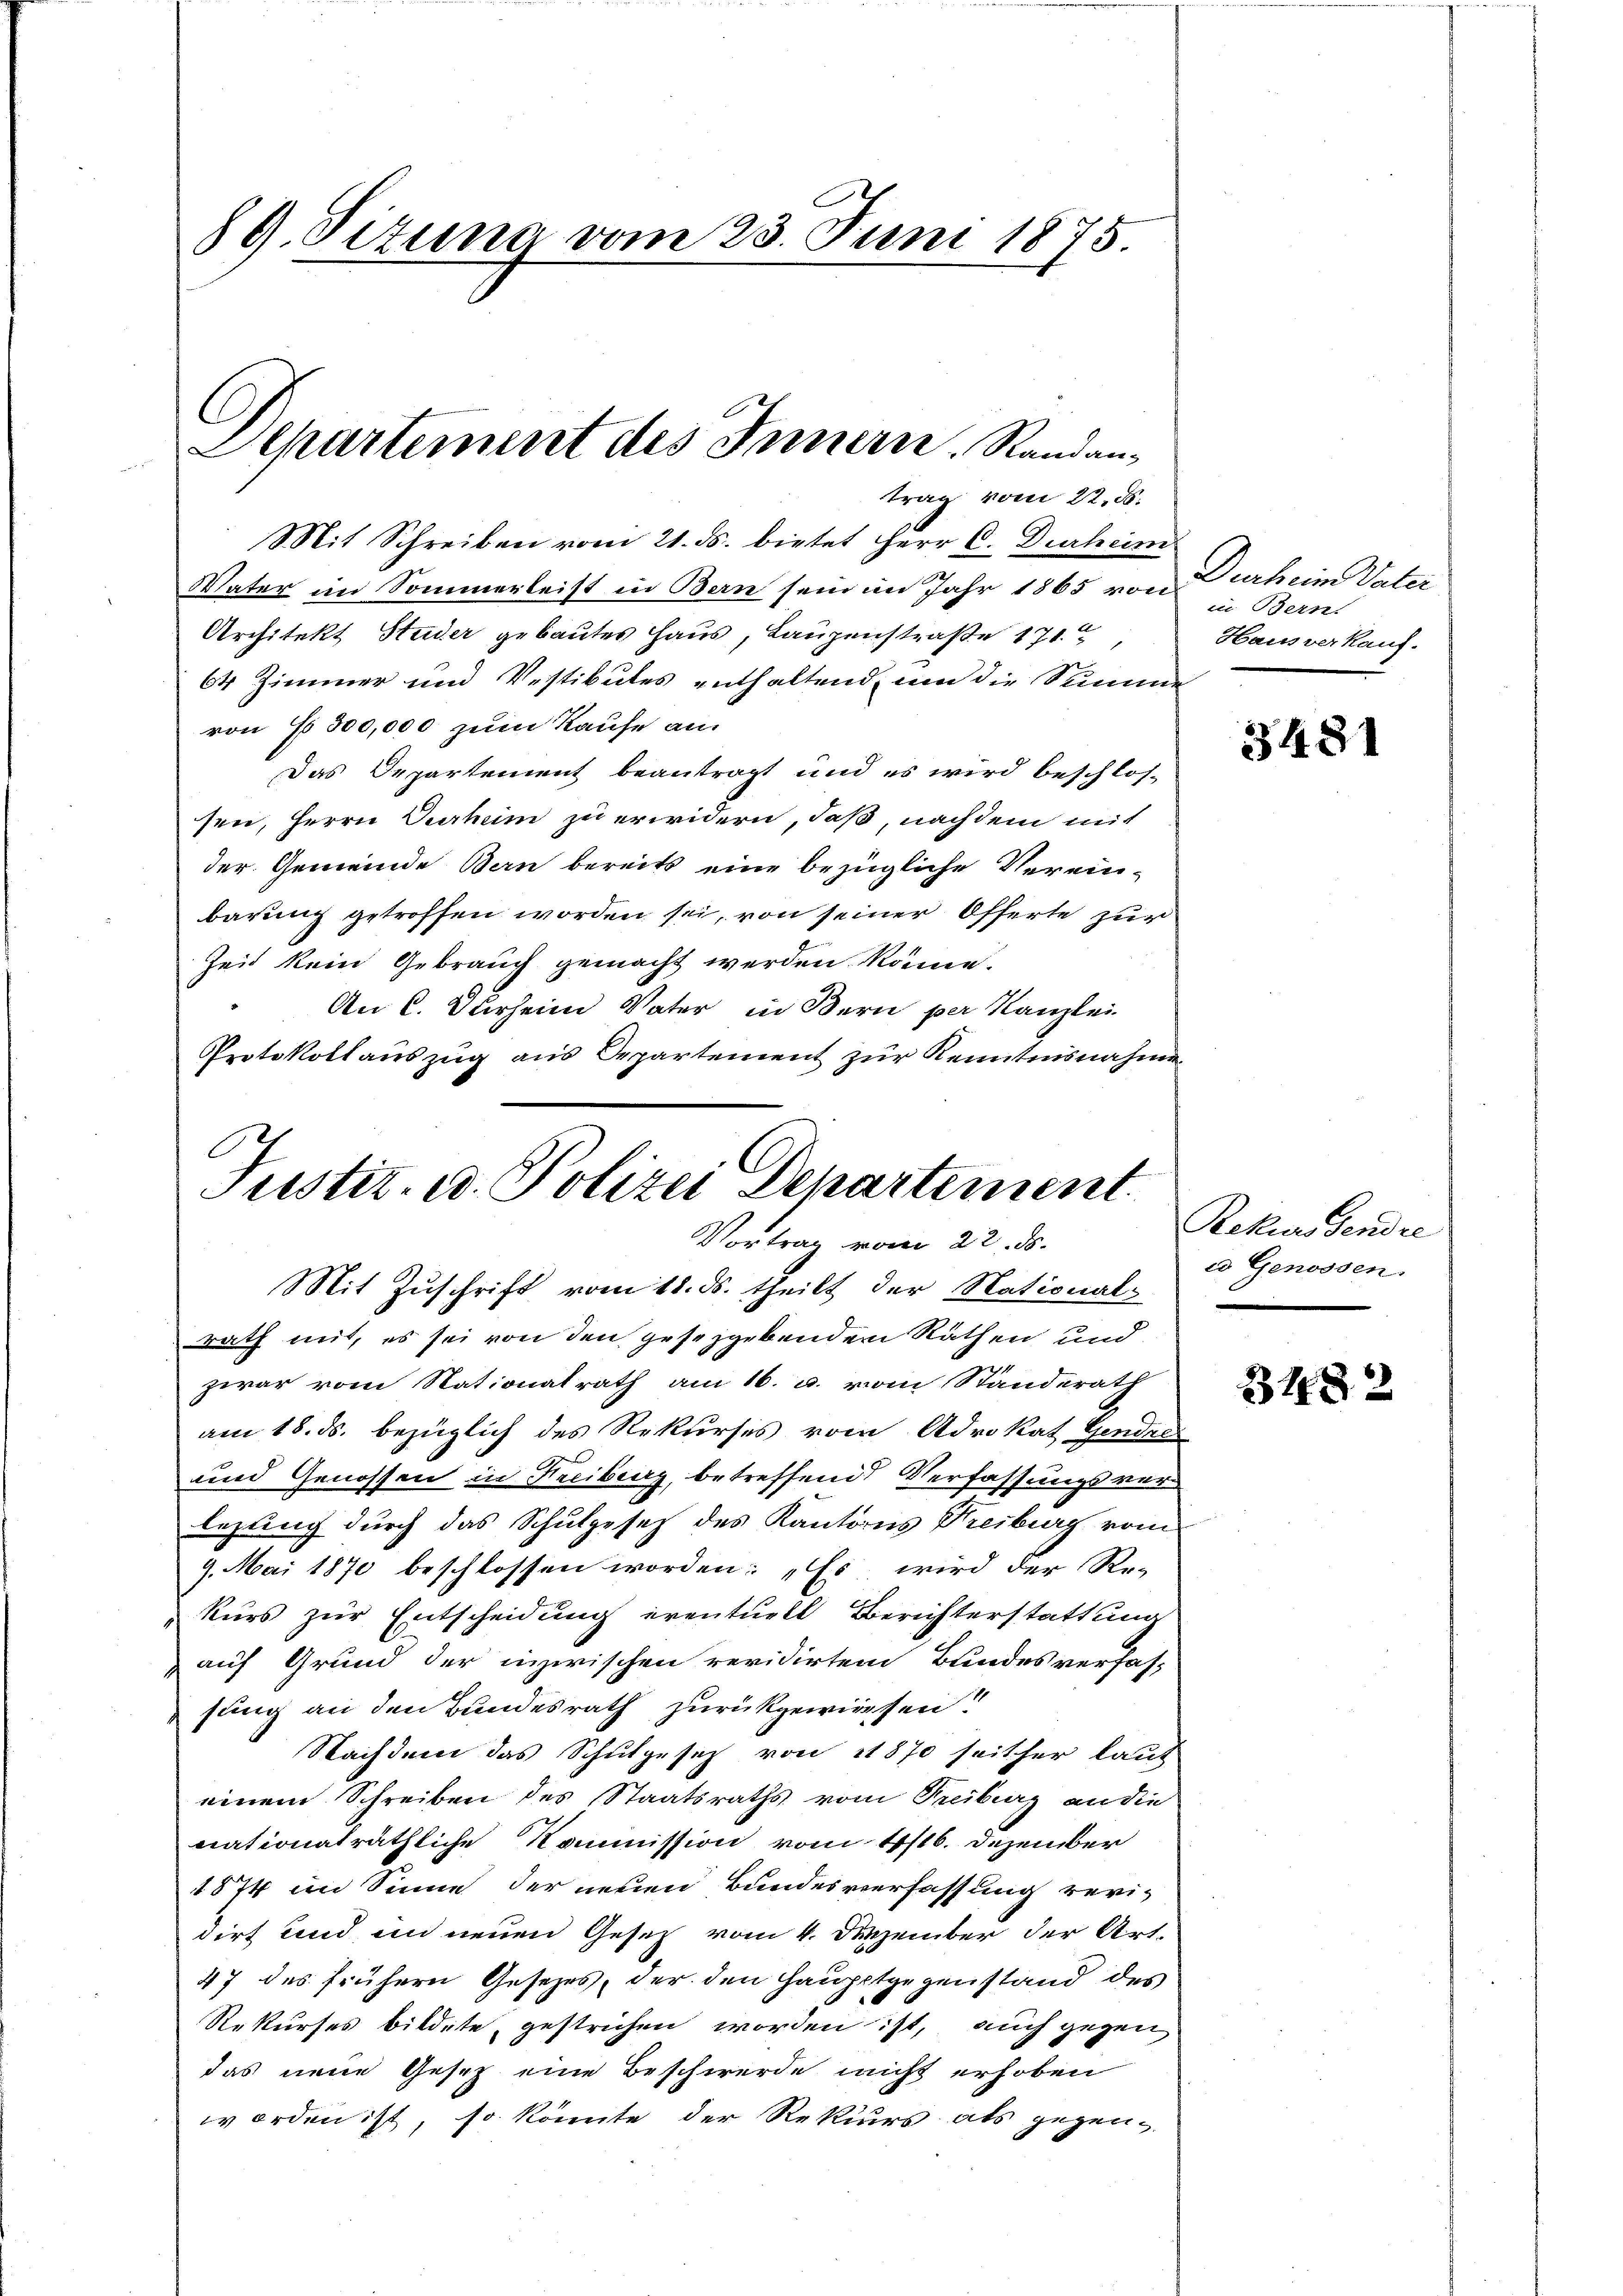
89. Tituna vom 23. Juni 1875.

Departement des Innern, Randantrag vom 22. ds.

Mit Schreiben vom 21. ds. bietet Herr C. Durheim
Vater im Sommerleist in Bern sein im Jahr 1865 von
Architekt Studer gebautes Haus, Laupenstraße 171
64 Zimmer und Vestibules enthaltend, und die Summe
von Fr. 500,000 zum Kaufe an
Das Departement beantragt und es wird beschlos-
sen, Herrn Curhum zu erwidern, daß, nachdem mit
der Gemeinde Bern bereits eine bezügliche Verein-
barung getroffen worden sei, von seiner Offerte zur
Zeit kein Gebrauch gemacht werden könne.
An C. Durheim Vater in Bern per Kanzlei
Protokollauszug aus Departement zur Kenntnisnahme

Justiz- u. Polizei Departement.
Vortrag vom 22. ds.
Mit Zuschrift vom 18. ds. theilt der National¬

rath mit, es sei von den gesetzgebenden Räthen und
zwar vom Nationalrath am 16. u. vom Standerath
am 18. ds. bezüglich des Rekurses vom Advokat Gendels
und Genossen in Freibung, betreffend Verfassungsverlegung durch das Schulgesetz des Kantons Freiburg vom
9. Mai 1870 beschlossen worden: „Es wird der Re-
kurs zur Entscheidung eventuell Berichterstattung
auf Grund der einerischen revidirten Bundesverfas-
sung an den Bundesrath zurückgewiesen?
Nachdem das Schulgesetz von 1870 seither laut
einem Schreiben des Staatsraths vom Freiburg an die
nationaträthliche Kommission vom 4/16. Dezember
1874 im Sinne der neuen Bundesverfassung revidirt und in neuen Gesetz vom 4. Dezember der Art.
47 des frühern Gesetzes, der den Hauptgegenstand des
Rekurses bildete, gestrichen worden ist, auch gegen,
das neue Gesetz eine Beschwerde nicht erhoben
worden ist, so könnte der Rekurs als gegen¬

Derheim Vater
in Bern.
Haus verkauf.

3481

Rekurs sendre
ed Genossen.

3482